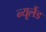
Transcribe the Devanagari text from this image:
न्‍यूलैंड